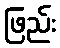
ဖြည်း